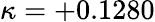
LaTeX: \kappa=+0.1280